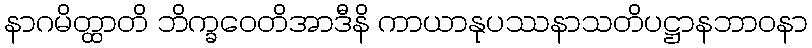
နာဂမိတ္ထာတိ ဘိက္ခဝေတိအာဒီနိ ကာယာနုပဿနာသတိပဋ္ဌာနဘာဝနာ